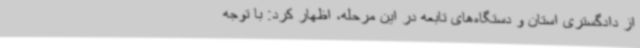
از دادگستری استان و دستگاه‌های تابعه در این مرحله، اظهار کرد: با توجه